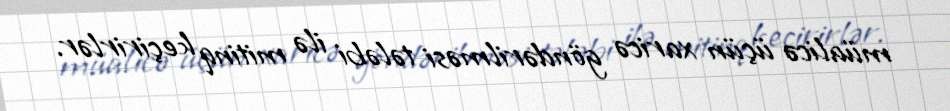
müalicə üçün xaricə göndərilməsi tələbi ilə mitinq keçirirlər.